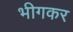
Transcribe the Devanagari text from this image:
भीगकर